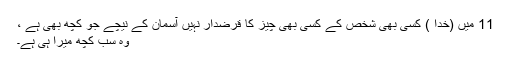
11 میں (خدا ) کسی بھی شخص کے کسی بھی چیز کا قرضدار نہیں آسمان کے نیچے جو کچھ بھی ہے ،
وہ سب کچھ میرا ہی ہے۔